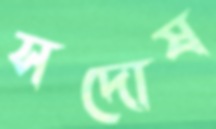
সদোষ